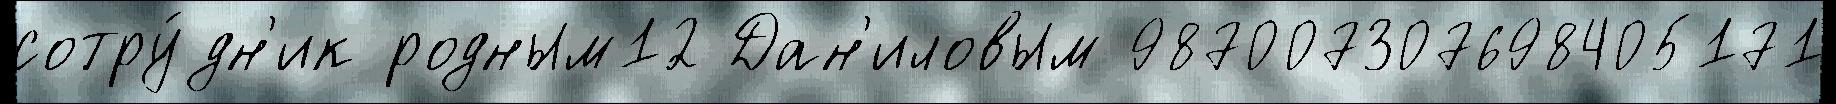
сотру́дн'ик родным12 Дан'иловым 987007307698405171